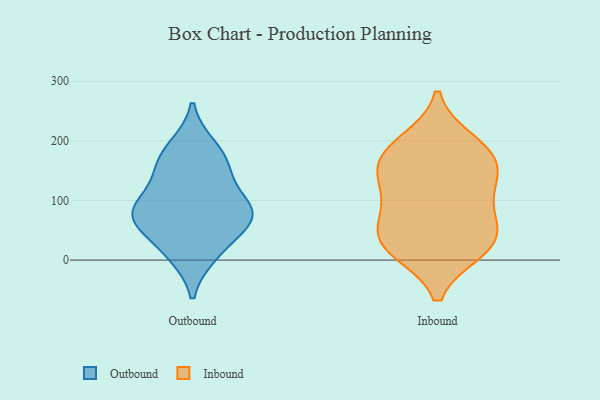
{"axis": {"x": "Budget (USD K)", "y": "Value"}, "legend": ["Inbound", "Outbound"], "data": [{"x": "", "y": 91, "type": "Outbound"}, {"x": "", "y": 147, "type": "Outbound"}, {"x": "", "y": 176, "type": "Outbound"}, {"x": "", "y": 83, "type": "Outbound"}, {"x": "", "y": 67, "type": "Outbound"}, {"x": "", "y": 17, "type": "Outbound"}, {"x": "", "y": 66, "type": "Outbound"}, {"x": "", "y": 10, "type": "Outbound"}, {"x": "", "y": 144, "type": "Outbound"}, {"x": "", "y": 76, "type": "Outbound"}, {"x": "", "y": 80, "type": "Outbound"}, {"x": "", "y": 189, "type": "Outbound"}, {"x": "", "y": 115, "type": "Inbound"}, {"x": "", "y": 120, "type": "Inbound"}, {"x": "", "y": 36, "type": "Inbound"}, {"x": "", "y": 162, "type": "Inbound"}, {"x": "", "y": 62, "type": "Inbound"}, {"x": "", "y": 198, "type": "Inbound"}, {"x": "", "y": 174, "type": "Inbound"}, {"x": "", "y": 145, "type": "Inbound"}, {"x": "", "y": 17, "type": "Inbound"}, {"x": "", "y": 71, "type": "Inbound"}, {"x": "", "y": 184, "type": "Inbound"}, {"x": "", "y": 17, "type": "Inbound"}, {"x": "", "y": 31, "type": "Inbound"}]}